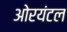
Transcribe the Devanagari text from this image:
ओरयंटल